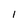
Character: I